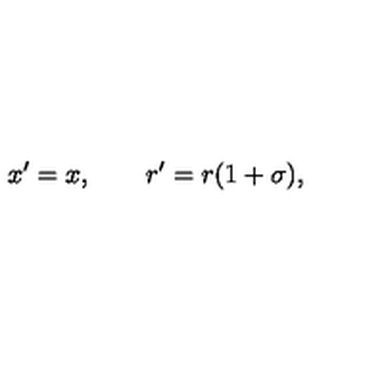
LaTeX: x ^ { \prime } = x , \qquad r ^ { \prime } = r ( 1 + \sigma ) ,